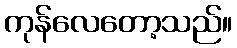
ကုန်လေတော့သည်။